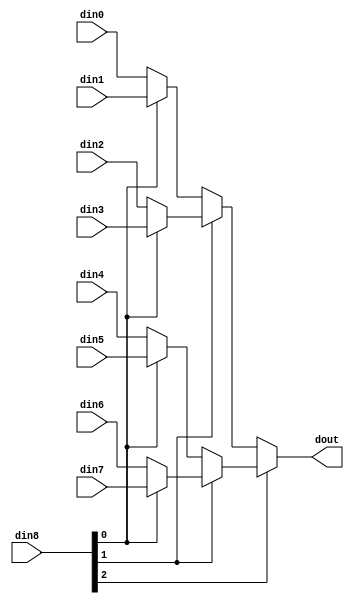
// ==============================================================
// Vivado(TM) HLS - High-Level Synthesis from C, C++ and SystemC v2020.1 (64-bit)
// Copyright 1986-2020 Xilinx, Inc. All Rights Reserved.
// ==============================================================

`timescale 1ns/1ps

module StreamingFCLayer_Batch_2_StreamingFCLayer_jbC #(
parameter
    ID                = 0,
    NUM_STAGE         = 1,
    din0_WIDTH       = 32,
    din1_WIDTH       = 32,
    din2_WIDTH       = 32,
    din3_WIDTH       = 32,
    din4_WIDTH       = 32,
    din5_WIDTH       = 32,
    din6_WIDTH       = 32,
    din7_WIDTH       = 32,
    din8_WIDTH         = 32,
    dout_WIDTH            = 32
)(
    input  [7 : 0]     din0,
    input  [7 : 0]     din1,
    input  [7 : 0]     din2,
    input  [7 : 0]     din3,
    input  [7 : 0]     din4,
    input  [7 : 0]     din5,
    input  [7 : 0]     din6,
    input  [7 : 0]     din7,
    input  [2 : 0]    din8,
    output [7 : 0]   dout);

// puts internal signals
wire [2 : 0]     sel;
// level 1 signals
wire [7 : 0]         mux_1_0;
wire [7 : 0]         mux_1_1;
wire [7 : 0]         mux_1_2;
wire [7 : 0]         mux_1_3;
// level 2 signals
wire [7 : 0]         mux_2_0;
wire [7 : 0]         mux_2_1;
// level 3 signals
wire [7 : 0]         mux_3_0;

assign sel = din8;

// Generate level 1 logic
assign mux_1_0 = (sel[0] == 0)? din0 : din1;
assign mux_1_1 = (sel[0] == 0)? din2 : din3;
assign mux_1_2 = (sel[0] == 0)? din4 : din5;
assign mux_1_3 = (sel[0] == 0)? din6 : din7;

// Generate level 2 logic
assign mux_2_0 = (sel[1] == 0)? mux_1_0 : mux_1_1;
assign mux_2_1 = (sel[1] == 0)? mux_1_2 : mux_1_3;

// Generate level 3 logic
assign mux_3_0 = (sel[2] == 0)? mux_2_0 : mux_2_1;

// output logic
assign dout = mux_3_0;

endmodule